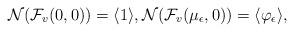
LaTeX: \begin{align*}\mathcal{N}(\mathcal{F}_v(0, 0)) = \langle 1 \rangle, \mathcal{N}(\mathcal{F}_v(\mu_\epsilon, 0)) = \langle \varphi_\epsilon \rangle,\end{align*}